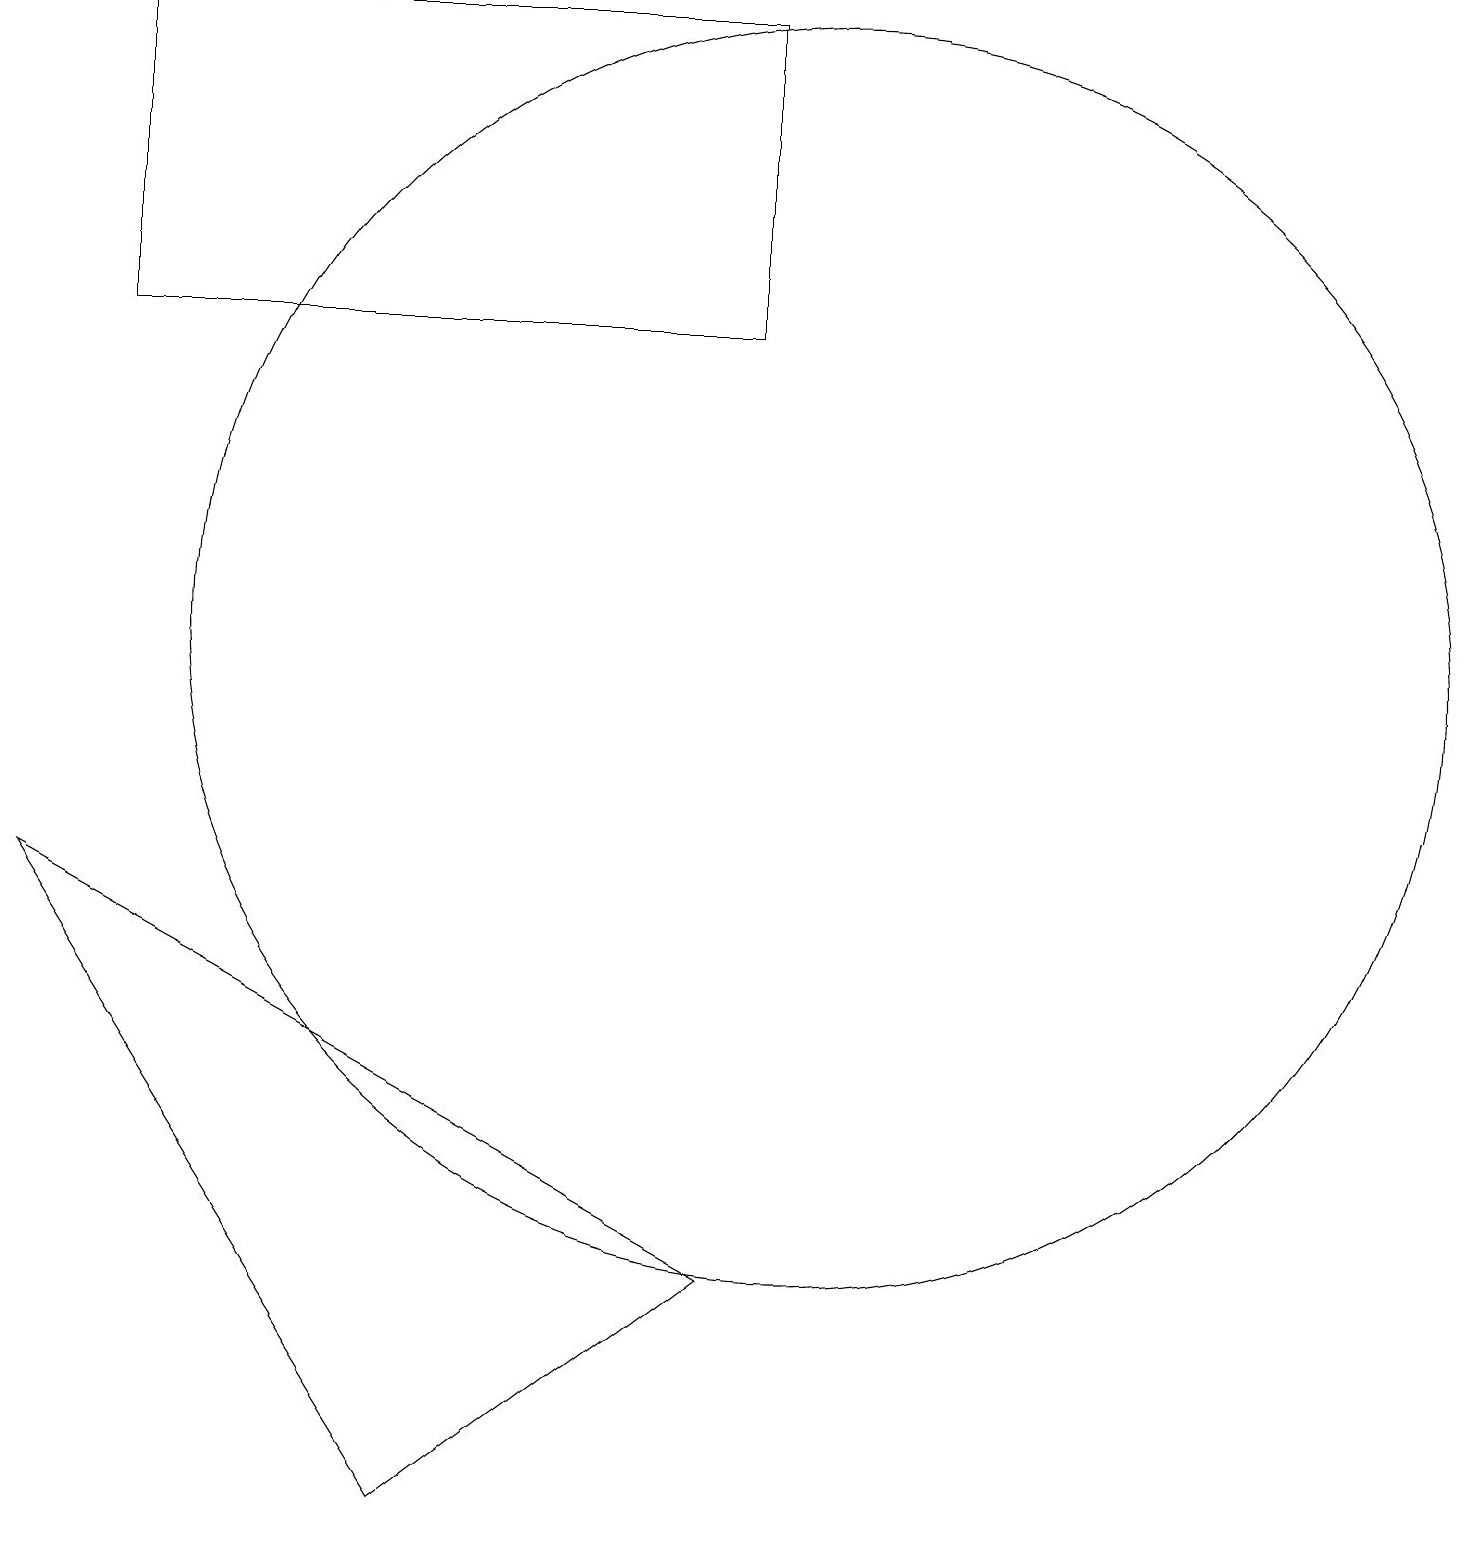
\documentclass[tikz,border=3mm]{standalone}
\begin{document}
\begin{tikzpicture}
\draw (10,11) circle (8);
\draw (5,0) -- (9,3) -- (0,8) -- cycle;
\draw (1,15) rectangle (9,19);
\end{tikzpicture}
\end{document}